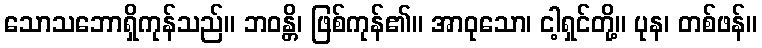
သောသဘောရှိကုန်သည်။ ဘဝန္တိ၊ ဖြစ်ကုန်၏။ အာဝုသော၊ ငါ့ရှင်တို့။ ပုန၊ တစ်ဖန်။